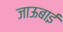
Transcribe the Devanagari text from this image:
जाऊबाई